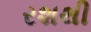
રશથી